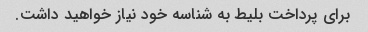
برای پرداخت بلیط به شناسه خود نیاز خواهید داشت.